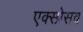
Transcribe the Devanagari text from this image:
एक्स्प्रेसव